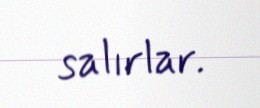
salırlar.